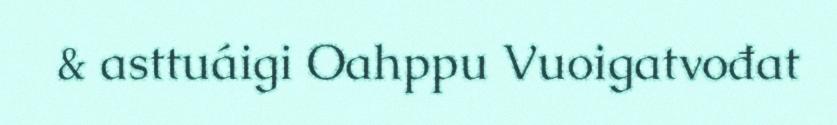
& asttuáigi Oahppu Vuoigatvođat